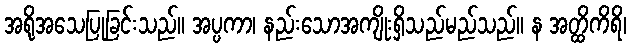
အရိုအသေပြုခြင်းသည်။ အပ္ပကာ၊ နည်းသောအကျိုးရှိသည်မည်သည်။ န အတ္ထိကိရိ၊